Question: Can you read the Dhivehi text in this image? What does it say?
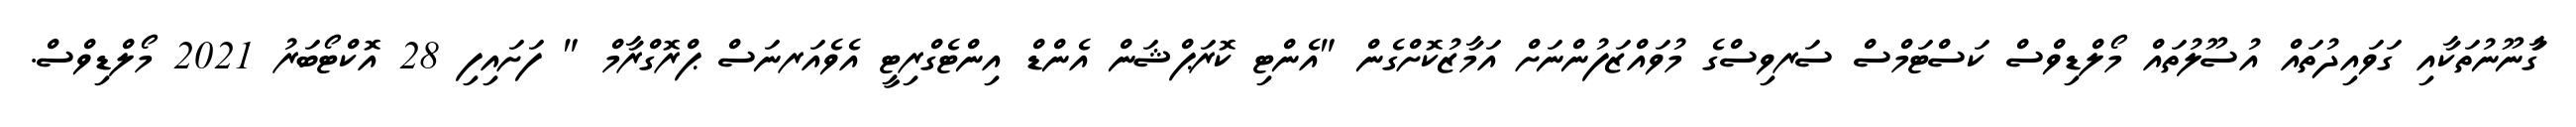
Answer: ގާުނޫނުތަކާއި ގަވައިދުތައް އުސޫލުތައް މޯލްޑިވްސް ކަސްޓަމްސް ސަރވިސްގެ މުވައްޒަފުންނަށް އަމާޒުކޮށްގެން "އެންޓި ކޮރަޕްޝަން އެންޑް އިންޓެގްރިޓީ އެވެއަރނަސް ޕްރޮގްރާމް " ފަށައިފި 28 އޮކްޓޯބަރު 2021 މޯލްޑިވްސް.